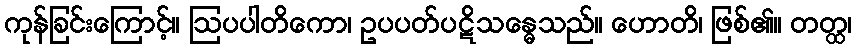
ကုန်ခြင်းကြောင့်။ ဩပပါတိကော၊ ဥပပတ်ပဋိသန္ဓေသည်။ ဟောတိ၊ ဖြစ်၏။ တတ္ထ၊